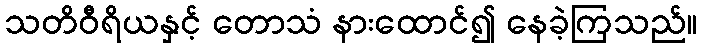
သတိဝီရိယနှင့် တောသံ နားထောင်၍ နေခဲ့ကြသည်။